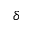
\delta